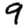
Digit: 9